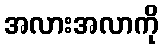
အလားအလာကို